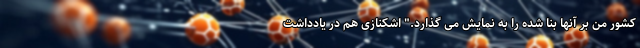
کشور من بر آنها بنا شده را به نمایش می گذارد." اشکنازی هم در یادداشت